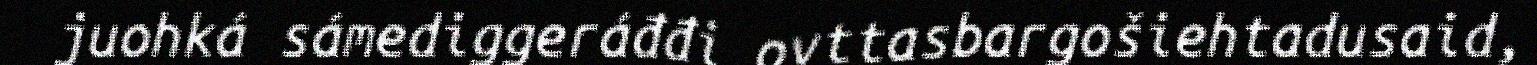
juohká sámediggeráđđi ovttasbargošiehtadusaid,